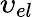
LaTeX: {{\upsilon}_{{el}}}